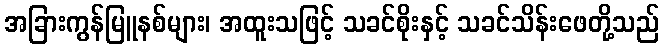
အခြားကွန်မြူနစ်များ၊ အထူးသဖြင့် သခင်စိုးနှင့် သခင်သိန်းဖေတို့သည်